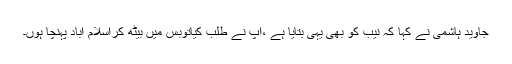
جاوید ہاشمی نے کہا کہ نیب کو بھی یہی بتایا ہے ،ْآپ نے طلب کیاتوبس میں بیٹھ کراسلام آباد پہنچا ہوں۔